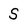
Character: S